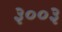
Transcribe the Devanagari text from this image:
३००३